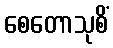
စေတောသုစိံ